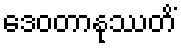
ဒေဝတာနုဿတိံ